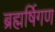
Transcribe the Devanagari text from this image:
ब्रह्मर्षिगण